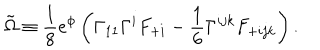
\tilde { \Omega } \equiv { \frac { 1 } { 8 } } e ^ { \phi } \left( \Gamma _ { 1 1 } \Gamma ^ { i } F _ { + i } - { \frac { 1 } { 6 } } \Gamma ^ { i j k } F _ { + i j k } \right) .